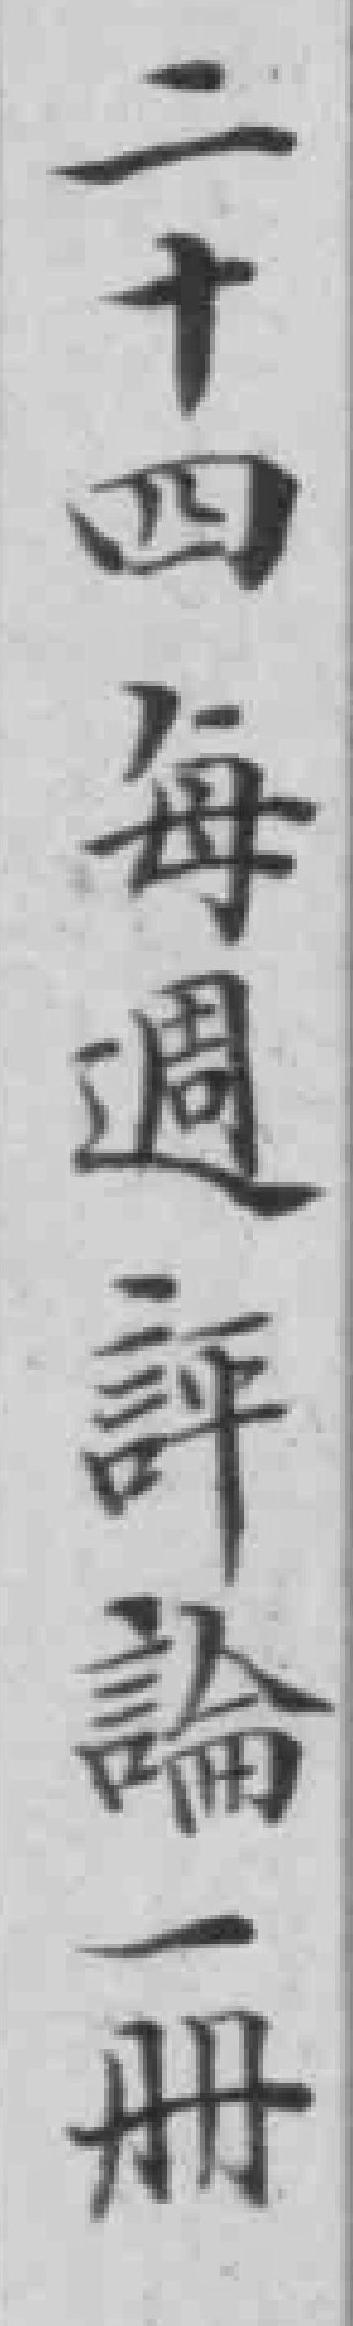
二十四每週評論一冊